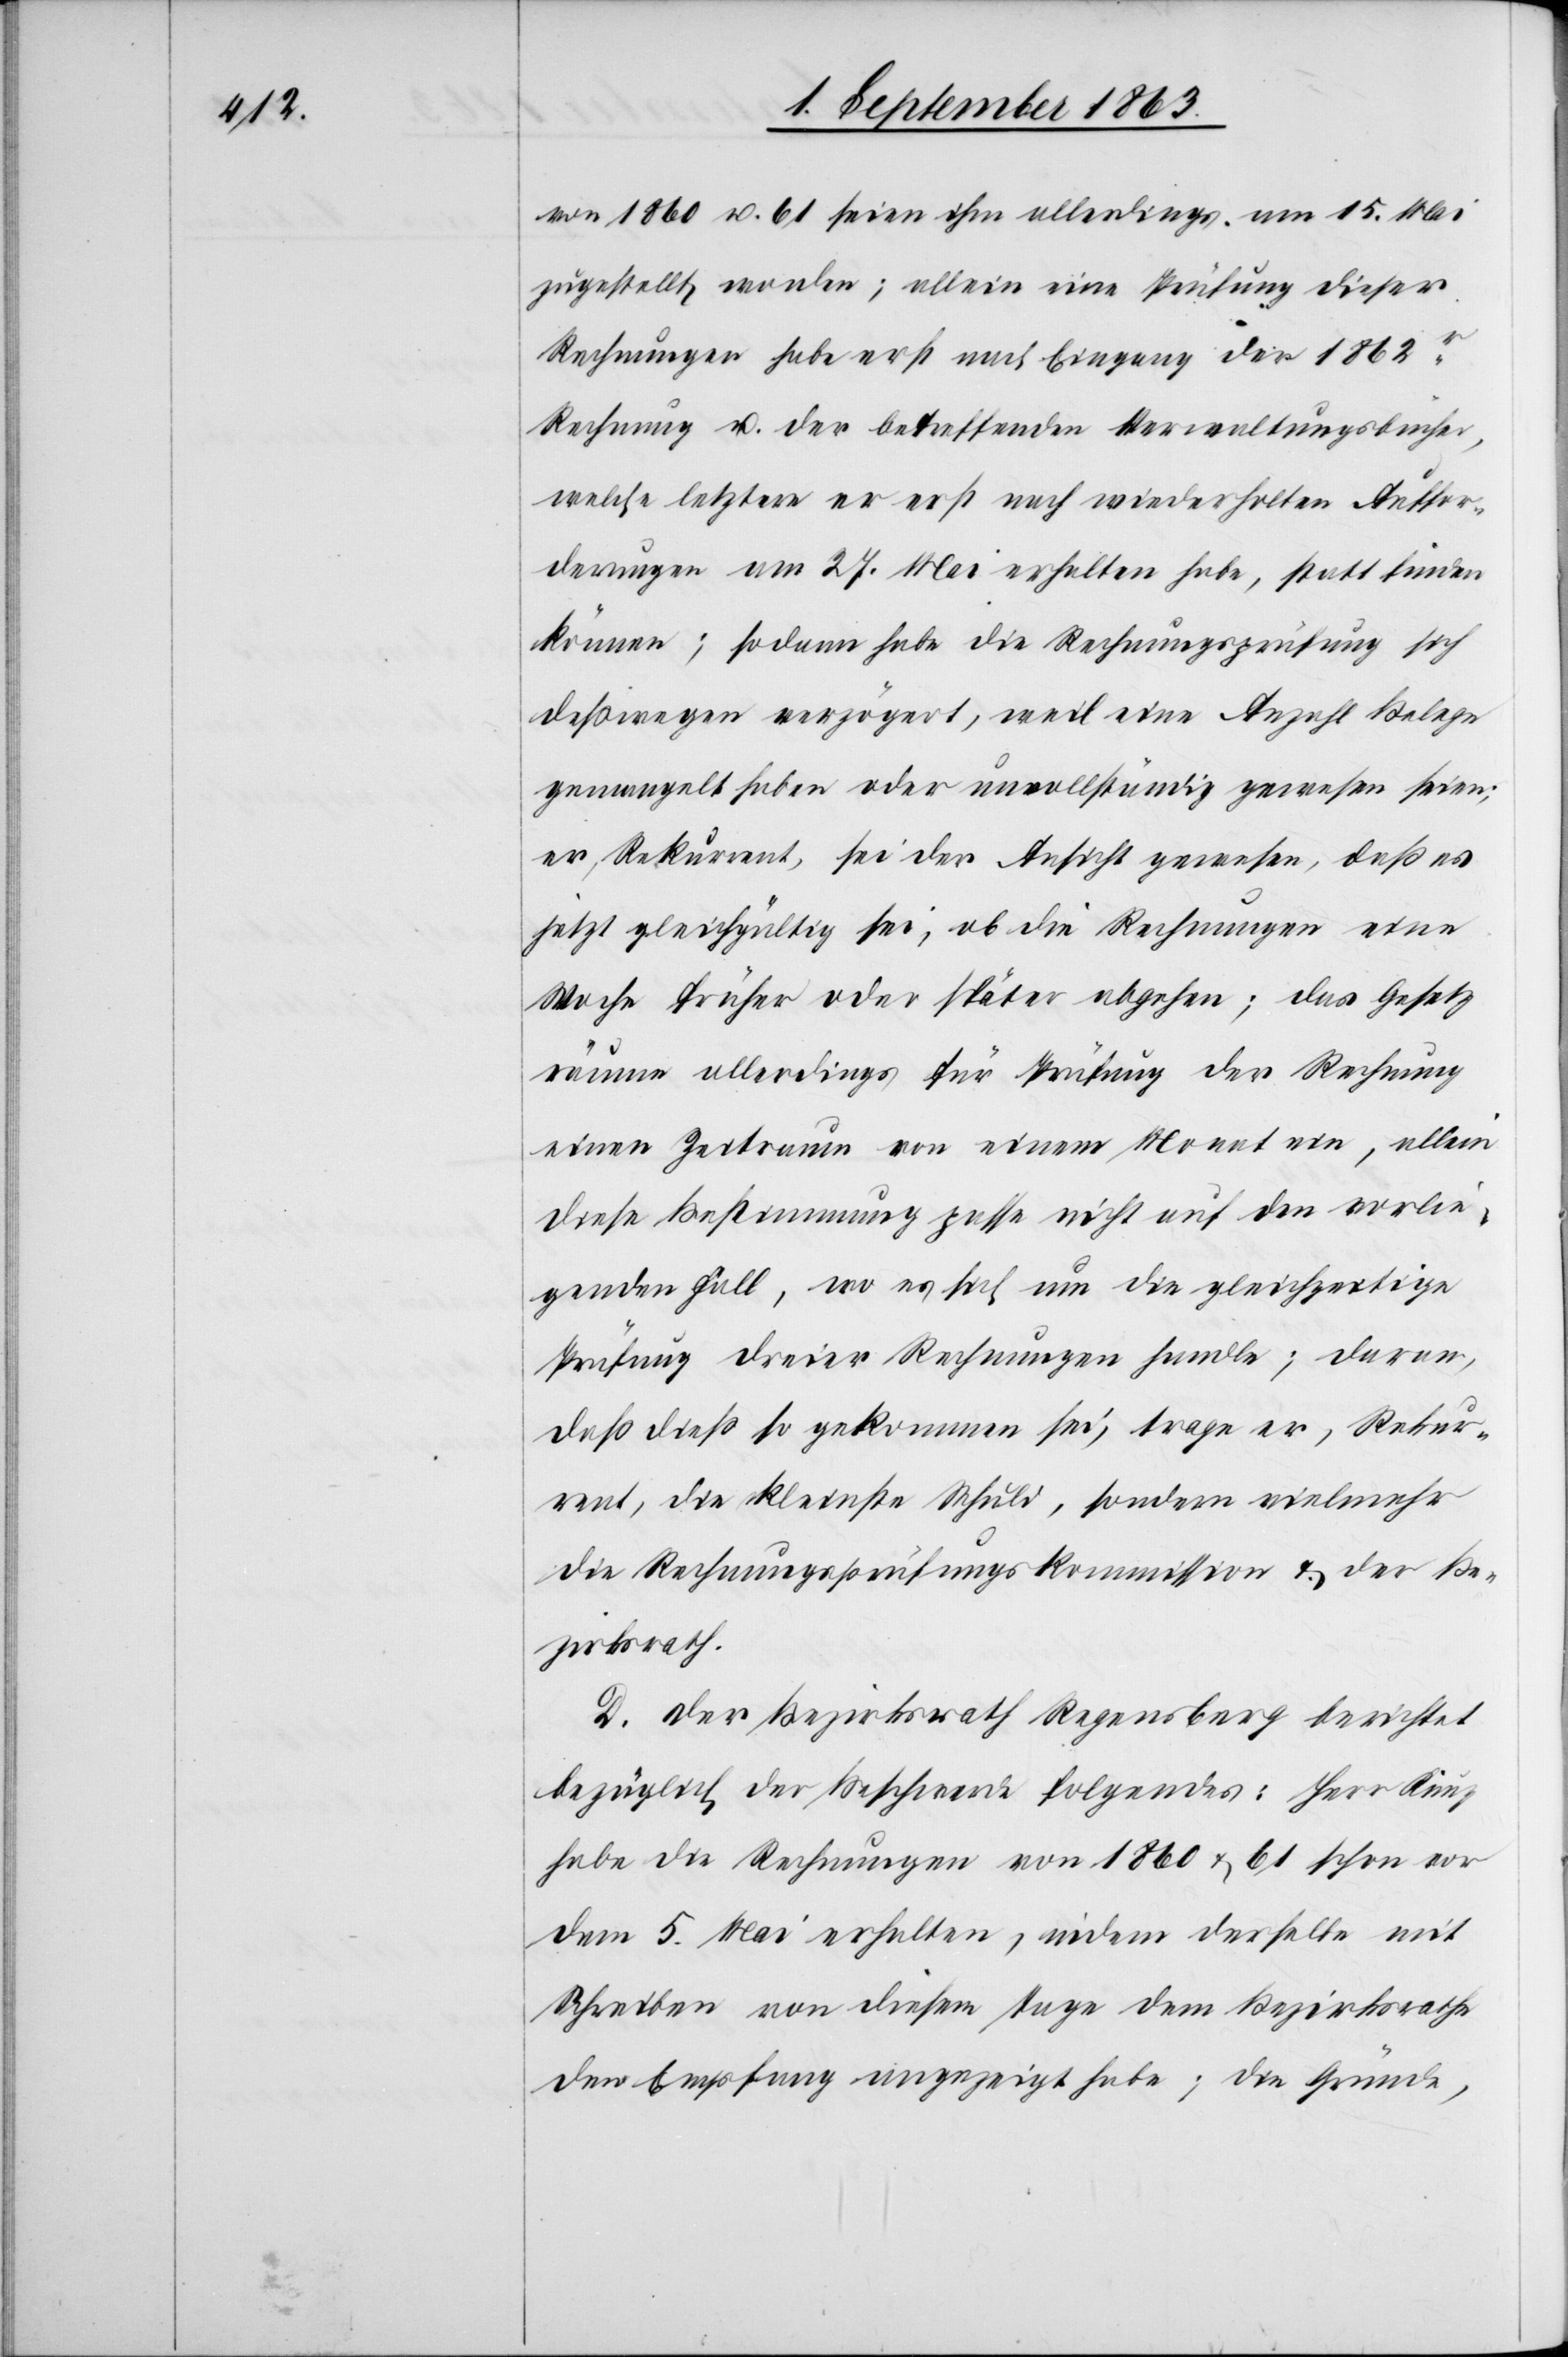
von 1860 u. 61 seien ihm allerdings am 15. Mai
zugestellt worden; allein eine Prüfung dieser
Rechnungen habe erst nach Eingang der 1862r
Rechnung u. der betreffenden Verwaltungsbücher,
welche letztere er erst nach wiederholten Auffor¬
derungen am 27. Mai erhalten habe, statt finden
können; sodann habe die Rechnungsprüfung sich
deßwegen verzögert, weil eine Anzahl Belege
gemangelt haben oder unvollständig gewesen seien;
er, Rekurrent, sei der Ansicht gewesen, daß es
jetzt gleichgültig sei, ob die Rechnungen eine
Woche früher oder später abgehen; das Gesetz
räume allerdings für Prüfung der Rechnung
einen Zeitraum von einem Monat ein, allein
diese Bestimmung passe nicht auf den vorlie¬
genden Fall, wo es sich um die gleichzeitige
Prüfung dreier Rechnungen handle; daran,
daß dieß so gekommen sei, trage er, Rekur¬
rent, die kleinste Schuld, sondern vielmehr
die Rechnungsprüfungskommission & der Be¬
zirksrath.
D. Der Bezirksrath Regensberg berichtet
bezüglich der Beschwerde folgendes: Herr Kunz
habe die Rechnungen von 1860 & 61 schon vor
dem 5. Mai erhalten, indem derselbe mit
Schreiben von diesem Tage dem Bezirksrathe
den Empfang angezeigt habe; die Gründe,